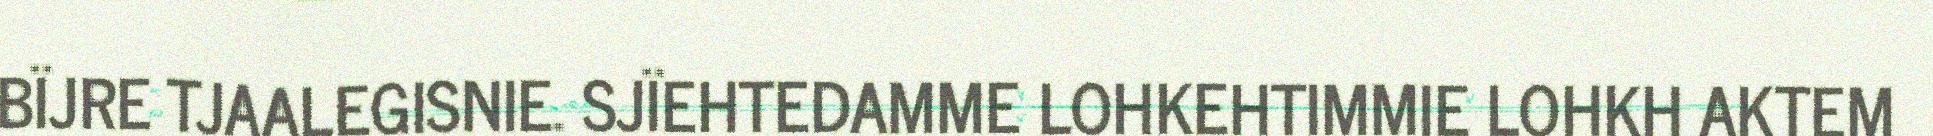
BÏJRE TJAALEGISNIE. SJÏEHTEDAMME LOHKEHTIMMIE LOHKH AKTEM